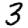
Digit: 3